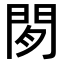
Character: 𬮈